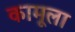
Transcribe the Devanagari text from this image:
कामूला